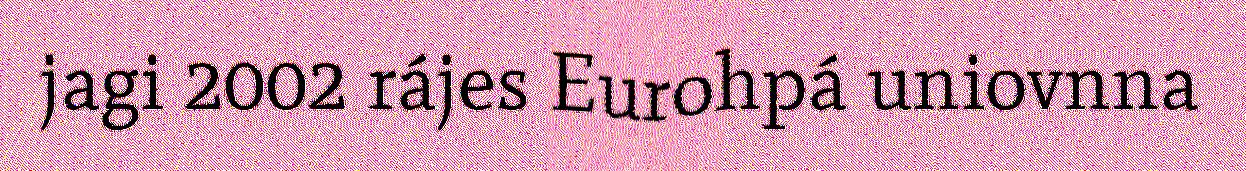
jagi 2002 rájes Eurohpá uniovnna